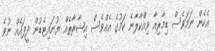
އެހެން ނަމަވެސް ޑިމާރިއާ ވިއްކާލާނެ ކަމުގެ އެއްވެސް އިޝާރާތެއް ޔުނައިޓެޑުން ދީފައެއް ނުވެ